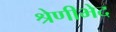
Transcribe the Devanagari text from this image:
श्रेणीभेद